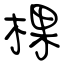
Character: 棵